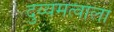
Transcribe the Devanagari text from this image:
दुय्यमत्वाला